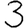
Digit: 3